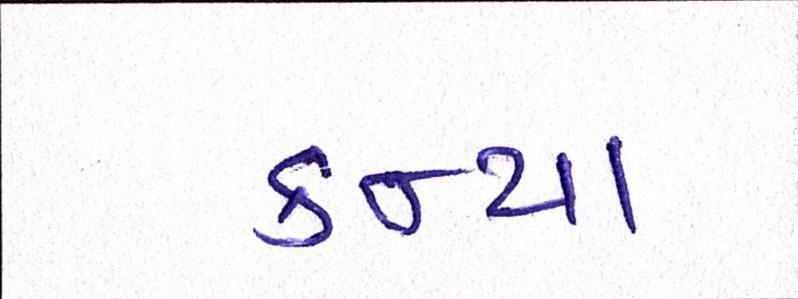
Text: કન્યા